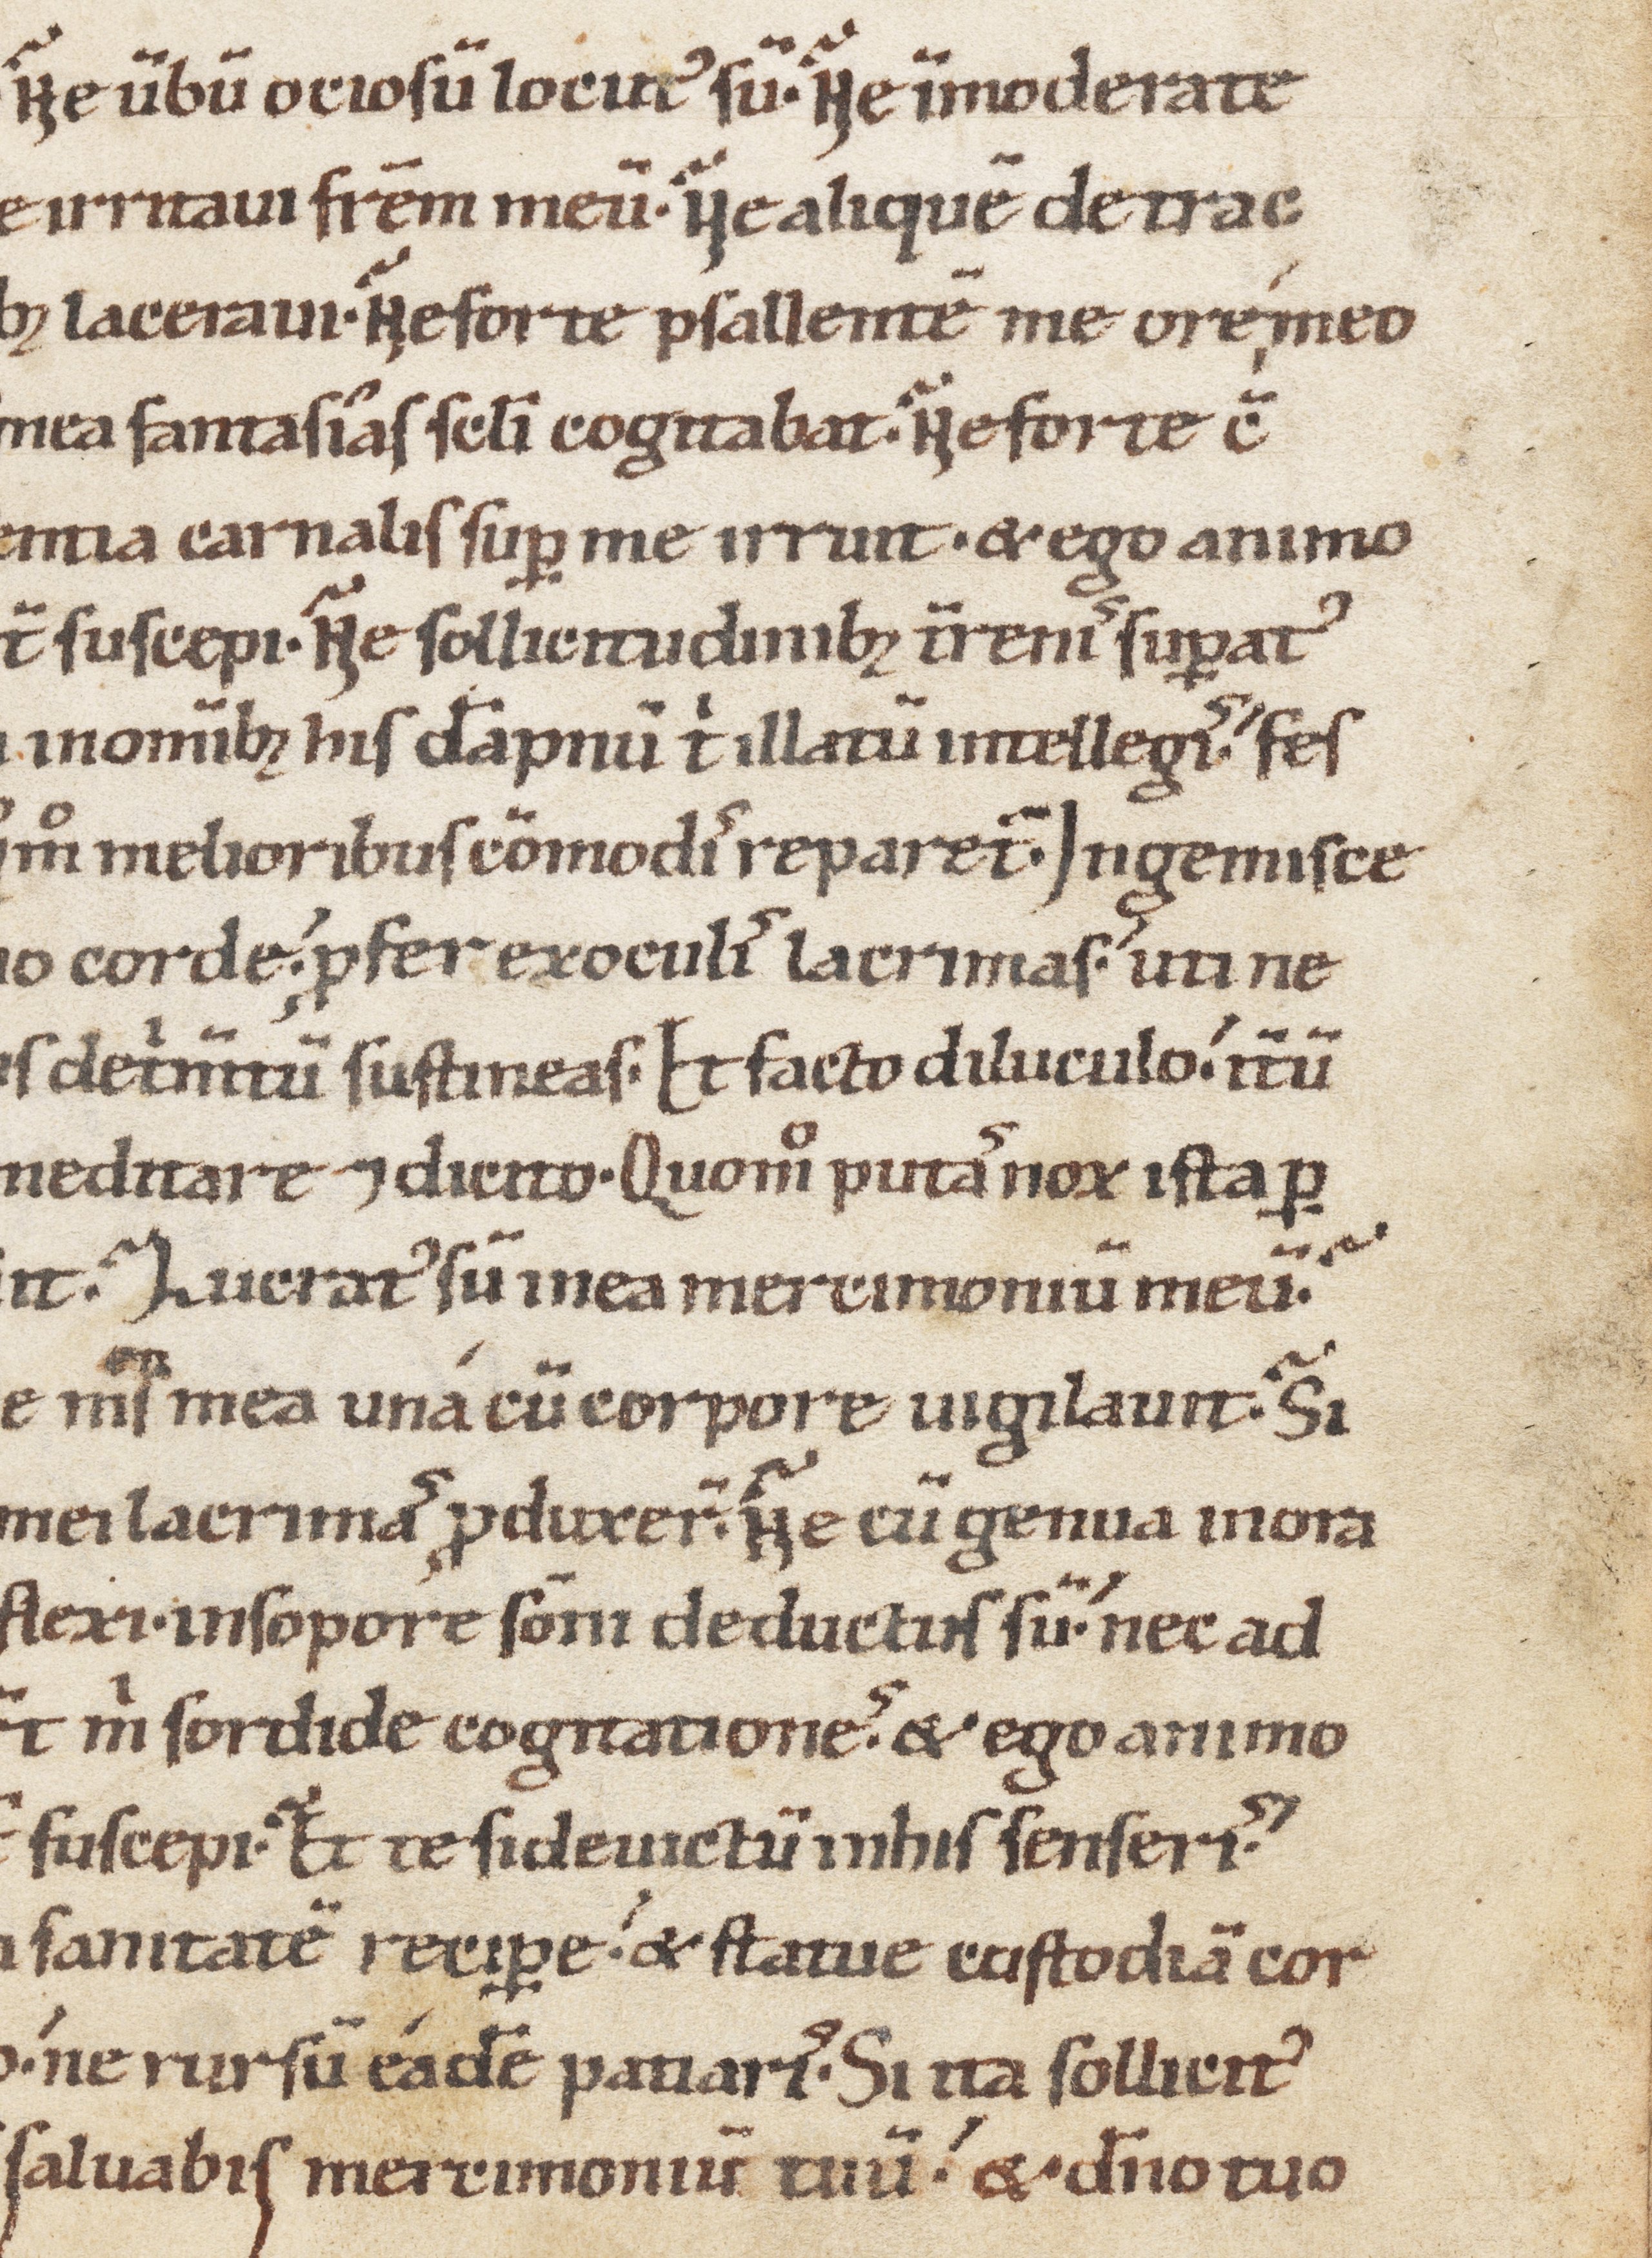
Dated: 1100–1199